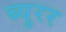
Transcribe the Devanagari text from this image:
ब्युरर